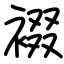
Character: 裰